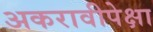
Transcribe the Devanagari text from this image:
अकरावीपेक्षा